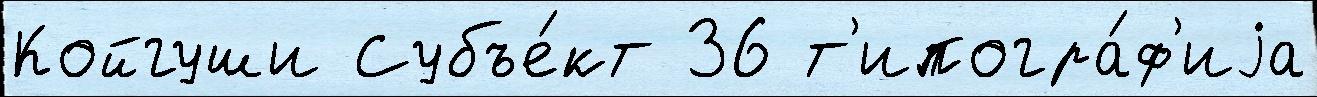
Койгуши Субъе́кт 36 т'ипогра́ф'иjа